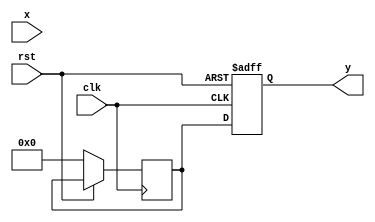
module poly_reciprocal (
    input wire [15:0] x,        // Input: Fixed-point number (0 to 1)
    output reg [15:0] y,        // Output: Approximate reciprocal (0 to 1)
    input wire clk,             // Clock signal
    input wire rst              // Reset signal
);

    // Polynomial coefficients for P(x) = c0 + c1*x + c2*x^2 + c3*x^3
    parameter [15:0] c0 = 16'hFFFF; // Coefficient for x^0 (1)
    parameter [15:0] c1 = 16'h0000; // Coefficient for x^1 (0)
    parameter [15:0] c2 = 16'hFFFF; // Coefficient for x^2 (1)
    parameter [15:0] c3 = 16'hFFFF; // Coefficient for x^3 (1)

    // Internal signals
    reg [15:0] x_squared;        // x^2
    reg [15:0] x_cubed;          // x^3
    reg [15:0] poly_result;      // Result of polynomial evaluation

    // Input conditioning and polynomial evaluation
    always @(posedge clk or posedge rst) begin
        if (rst) begin
            y <= 16'h0000; // Reset output
        end else begin
            // Compute x^2 and x^3
            x_squared <= (x * x) >> 16; // Scale down for fixed-point multiplication
            x_cubed <= (x_squared * x) >> 16; // Scale down for fixed-point multiplication

            // Evaluate polynomial P(x) using Horner's method
            poly_result <= c0 + (c1 * x) >> 16 + (c2 * x_squared) >> 16 + (c3 * x_cubed) >> 16;

            // Output the result
            y <= poly_result;
        end
    end

endmodule